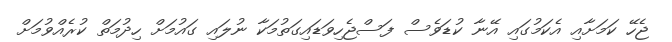
ޖެހޭ ކަމަށާއި އެކަމުގައި އޭނާ ކުޑަވެސް ފަސްޖެހިވަޑައިގަތުމަކާ ނުލައި ގައުމަށް ހިދުމަތް ކުރެއްވުމަށް